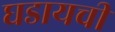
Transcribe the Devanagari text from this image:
घडायची